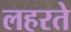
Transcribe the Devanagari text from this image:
लहरते